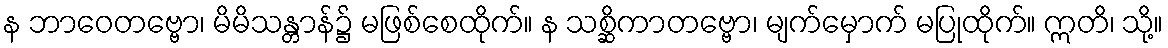
န ဘာဝေတဗ္ဗော၊ မိမိသန္တာန်၌ မဖြစ်စေထိုက်။ န သစ္ဆိကာတဗ္ဗော၊ မျက်မှောက် မပြုထိုက်။ ဣတိ၊ သို့။